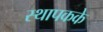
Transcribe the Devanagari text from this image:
स्थापकके